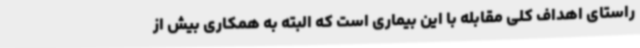
راستای اهداف کلی مقابله با این بیماری است که البته به همکاری بیش از